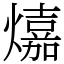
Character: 𤐵